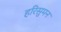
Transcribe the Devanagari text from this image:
हरिसुमन